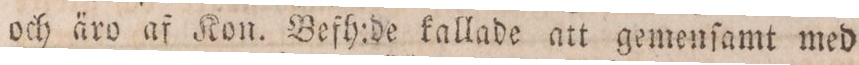
och äro af Kon. Befh:de kallade att gemenſamt med